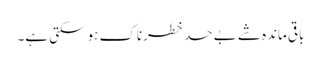
باقی ماندہ شے بے حد خطرناک ہو سکتی ہے۔